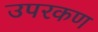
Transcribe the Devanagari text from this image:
उपरकण